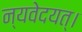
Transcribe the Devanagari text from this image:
न्यवेदयत्।